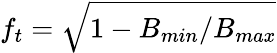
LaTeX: f_{t}=\sqrt{1-B_{min}/B_{max}}